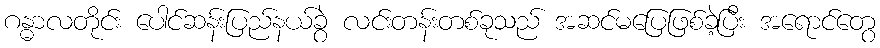
ဂန္ဓာလတိုင်း ပေါင်ဆန်းပြည်နယ်ခွဲ လင်းတန်းတစ်ခုသည် အဆင်မပြေဖြစ်ခဲ့ပြီး အရောင်တွေ